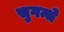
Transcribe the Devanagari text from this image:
सुगन्धे